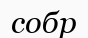
собр